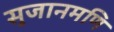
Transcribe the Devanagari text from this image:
सुजानमणि